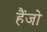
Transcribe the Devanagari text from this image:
हैंजो